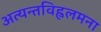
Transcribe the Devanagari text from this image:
अत्यन्तविह्वलमना